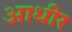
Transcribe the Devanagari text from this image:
आधीर